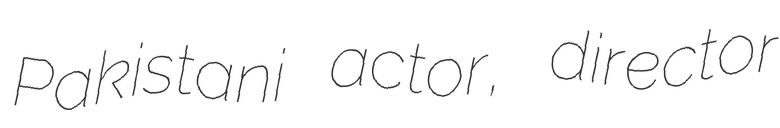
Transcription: Pakistani actor, director